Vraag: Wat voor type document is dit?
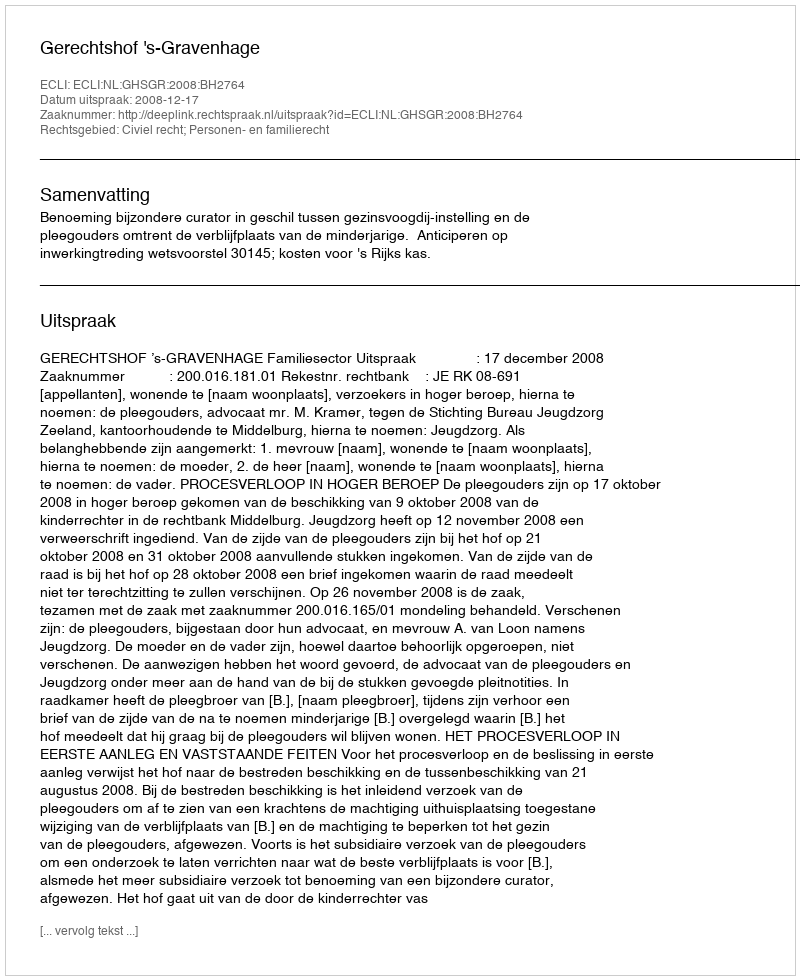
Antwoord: Uitspraak